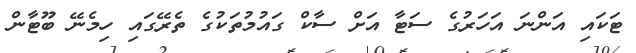
ޓަކައި އަންނަ އަހަރުގެ ސަޓާ އަށް ސާކް ގައުމުތަކުގެ ތެރޭގައި ހިމެނޭ ބޫޓާން